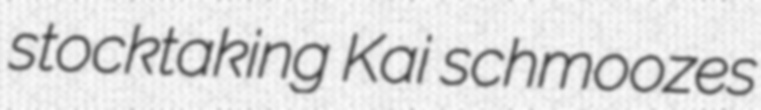
stocktaking Kai schmoozes